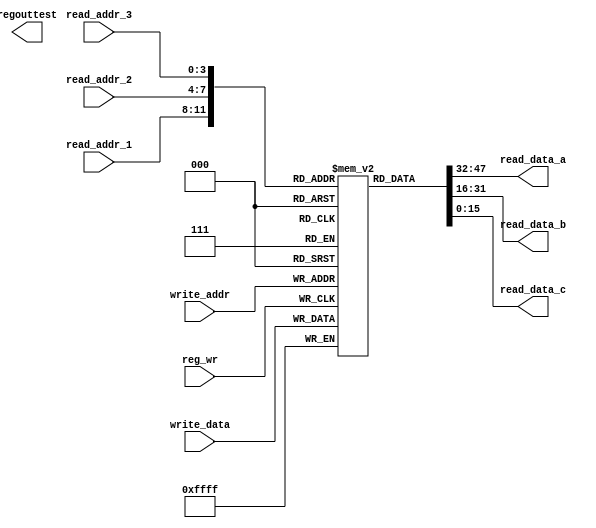
module reg_file(regouttest, read_data_a, read_data_b, read_data_c, read_addr_1, read_addr_2, read_addr_3, write_addr, write_data, reg_wr);
input reg_wr;
input [3:0] read_addr_1;
input [3:0] read_addr_2;
input [3:0] read_addr_3;
input [3:0] write_addr;
input [15:0] write_data;
output reg [15:0] regouttest;
output reg [15:0] read_data_a;
output reg [15:0] read_data_b;
output reg [15:0] read_data_c;
reg [15:0] registers [0:15];

initial begin
	registers[0] = 16'b0;
end

always @(posedge reg_wr)
begin
	registers[write_addr]=write_data;
end
always @(*) begin
	read_data_a = registers[read_addr_1];
	read_data_b = registers[read_addr_2];
	read_data_c = registers[read_addr_3];
end

initial begin
    registers[9] = 16'h1010;
    registers[1] = 16'h0101;
	registers[3] = 16'h0005;
end
// always @(*) begin
// 	//regouttest = registers[3];
// end


endmodule